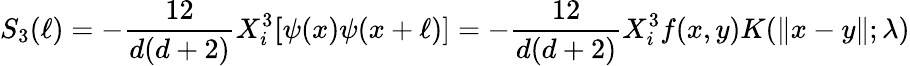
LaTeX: S_{3}(\ell)=-\frac{12}{d(d+2)}X_{i}^{3}\mathbf[\psi(x)\psi(x+\ell)]=-\frac{12}{d(d+2)}X_{i}^{3}f(x,y)K(\| x-y\| ;\lambda)